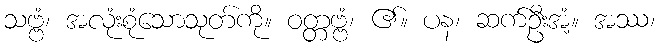
သဗ္ဗံ၊ အလုံးစုံသောသုတ်ကို။ ဝတ္တဗ္ဗံ၊ ၏။ ပန၊ ဆက်ဦးအံ့။ အဿ၊